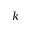
k